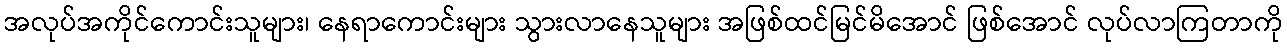
အလုပ်အကိုင်ကောင်းသူများ၊ နေရာကောင်းများ သွားလာနေသူများ အဖြစ်ထင်မြင်မိအောင် ဖြစ်အောင် လုပ်လာကြတာကို